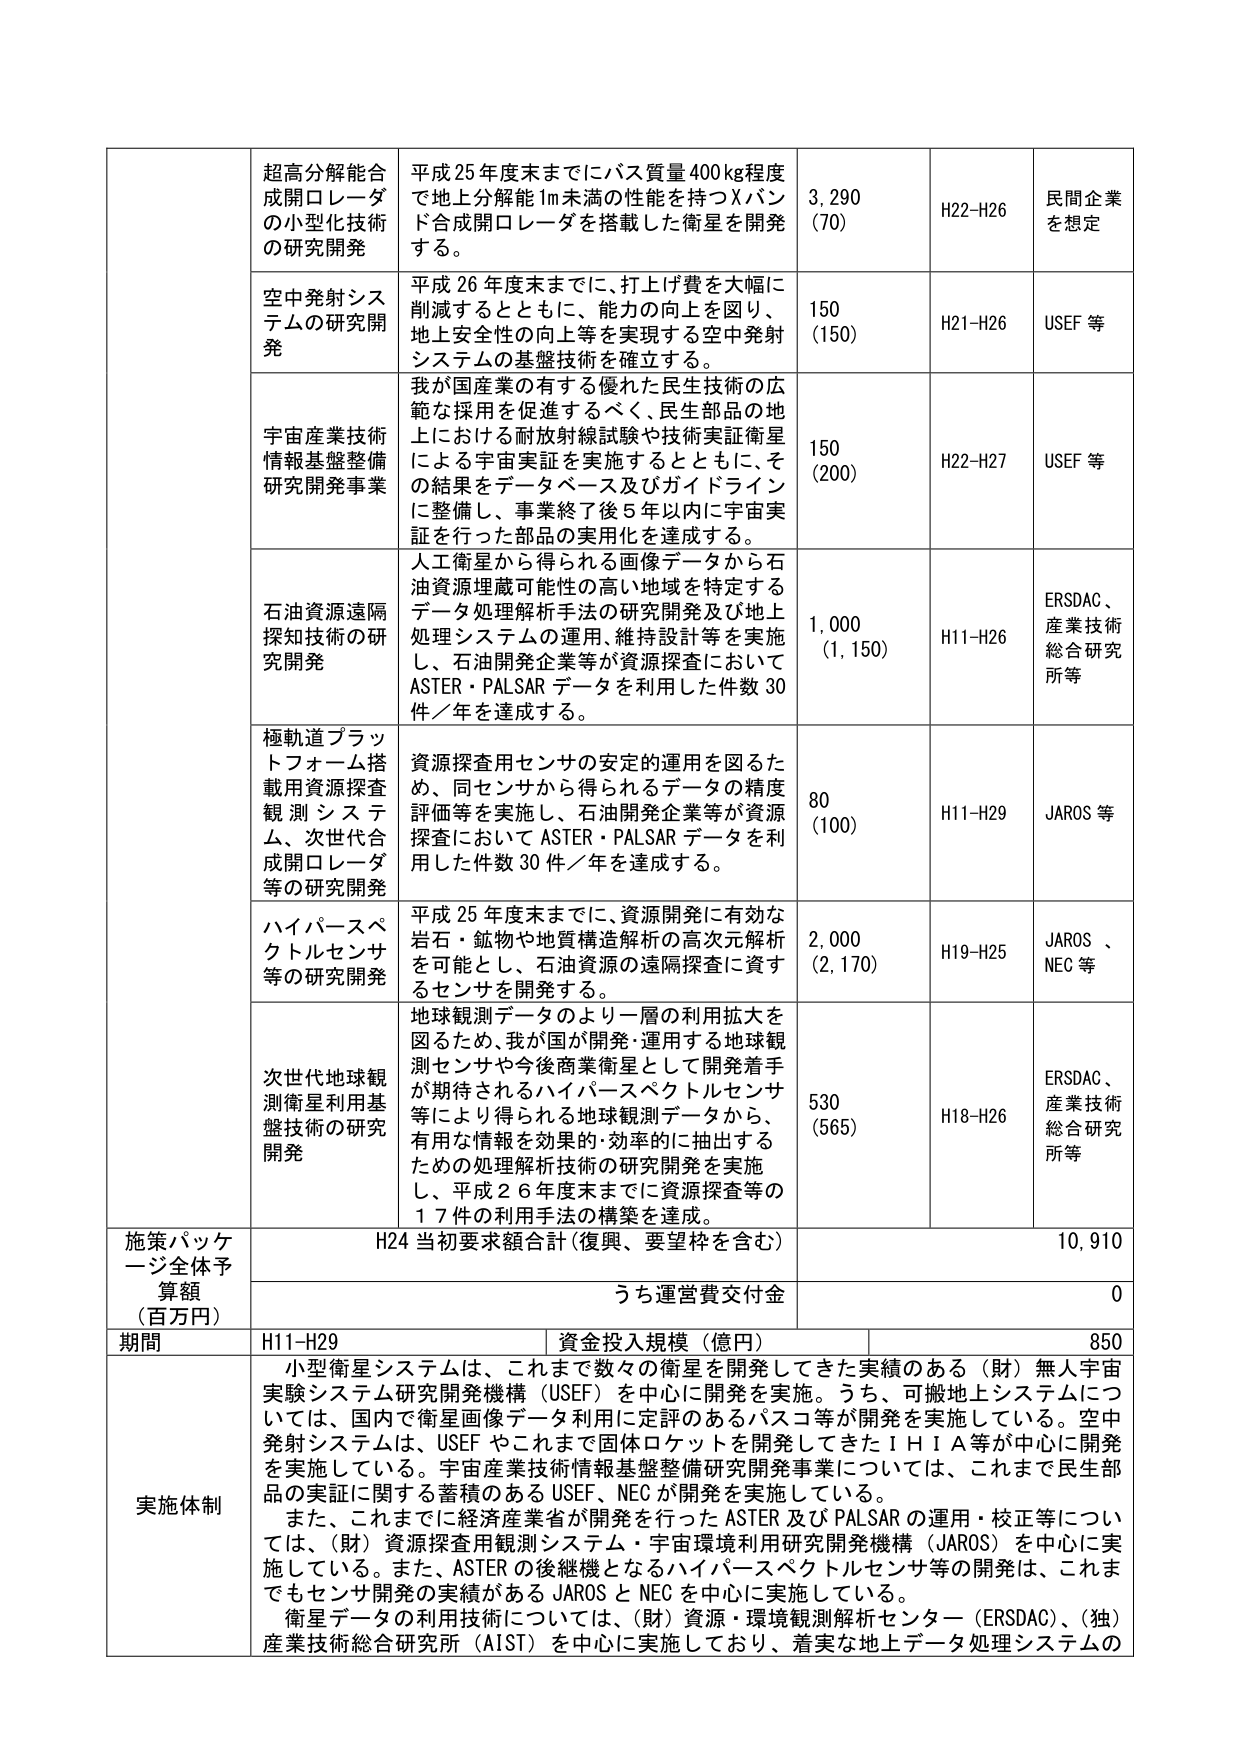
超高分解能合成開口レーダの小型化技術の研究開発
平成25年度末までにバス質量400kg程度で地上分解能1m未満の性能を持つXバンド合成開口レーダを搭載した衛星を開発する。
3,290 (70)
H22-H26
民間企業を想定

空中発射システムの研究開発
平成26年度末までに、打上げ費を大幅に削減するとともに、能力の向上を図り、地上安全性の向上等を実現する空中発射システムの基盤技術を確立する。
150 (150)
H21-H26
USEF等

宇宙産業技術情報基盤整備研究開発事業
我が国産業の有する優れた民生技術の広範な採用を促進するべく、民生部品の地上における耐放射線試験や技術実証衛星による宇宙実証を実施するとともに、その結果をデータベース及びガイドラインに整備し、事業終了後5年以内に宇宙実証を行った部品の実用化を達成する。
150 (200)
H22-H27
USEF等

石油資源遠隔探知技術の研究開発
人工衛星から得られる画像データから石油資源埋蔵可能性の高い地域を特定するデータ処理解析手法の研究開発及び地上処理システムの運用、維持設計等を実施し、石油開発企業等が資源探査においてASTER・PALSARデータを利用した件数30件／年を達成する。
1,000 (1,150)
H11-H26
ERSDAC、産業技術総合研究所等

極軌道プラットフォーム搭載用資源探査観測システム、次世代合成開口レーダ等の研究開発
資源探査用センサの安定的運用を図るため、同センサから得られるデータの精度評価等を実施し、石油開発企業等が資源探査においてASTER・PALSARデータを利用した件数30件／年を達成する。
80 (100)
H11-H29
JAROS等

ハイパースペクトルセンサ等の研究開発
平成25年度末までに、資源開発に有効な岩石・鉱物や地質構造解析の高次元解析を可能とし、石油資源の遠隔探査に資するセンサを開発する。
2,000 (2,170)
H19-H25
JAROS、NEC等

次世代地球観測衛星利用基盤技術の研究開発
地球観測データのより一層の利用拡大を図るため、我が国が開発・運用する地球観測センサや今後商業衛星として開発着手が期待されるハイパースペクトルセンサ等により得られる地球観測データから、有用な情報を効果的・効率的に抽出するための処理解析技術の研究開発を実施し、平成26年度末までに資源探査等の17件の利用手法の構築を達成。
530 (565)
H18-H26
ERSDAC、産業技術総合研究所等

施策パッケージ全体予算額（百万円）
H24当初要求額合計（復興、要望枠を含む）
10,910
うち運営費交付金
0

期間
H11-H29
資金投入規模（億円）
850

実施体制
小型衛星システムは、これまで数々の衛星を開発してきた実績のある（財）無人宇宙実験システム研究開発機構（USEF）を中心に開発を実施。うち、可搬地上システムについては、国内で衛星画像データ利用に定評のあるパスコ等が開発を実施している。空中発射システムは、USEFやこれまで固体ロケットを開発してきたIHI A等が中心に開発を実施している。宇宙産業技術情報基盤整備研究開発事業については、これまで民生部品の実証に関する蓄積のあるUSEF、NECが開発を実施している。
また、これまでに経済産業省が開発を行ったASTER及びPALSARの運用・校正等については、（財）資源探査用観測システム・宇宙環境利用研究開発機構（JAROS）を中心に実施している。また、ASTERの後継機となるハイパースペクトルセンサ等の開発は、これまでセンサ開発の実績があるJAROSとNECを中心に実施している。
衛星データの利用技術については、（財）資源・環境観測解析センター（ERSDAC）、（独）産業技術総合研究所（AIST）を中心に実施しており、着実な地上データ処理システムの